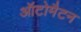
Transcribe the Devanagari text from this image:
ऑटोमैटन